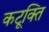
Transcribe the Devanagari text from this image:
कटूक्ति